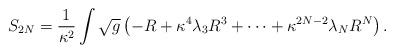
LaTeX: \begin{align*}S_{2N}=\frac{1}{\kappa ^{2}}\int \sqrt{g}\left( -R+\kappa ^{4}\lambda_{3}R^{3}+\cdots +\kappa ^{2N-2}\lambda _{N}R^{N}\right) .\end{align*}